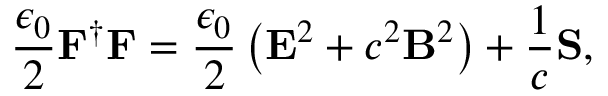
{ \frac { \epsilon _ { 0 } } { 2 } } \mathbf { F } ^ { \dagger } \mathbf { F } = { \frac { \epsilon _ { 0 } } { 2 } } \left( \mathbf { E } ^ { 2 } + c ^ { 2 } \mathbf { B } ^ { 2 } \right) + { \frac { 1 } { c } } \mathbf { S } ,